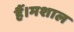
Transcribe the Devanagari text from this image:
हैं।मशाल